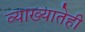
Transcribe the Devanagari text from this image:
व्याख्यातेही